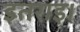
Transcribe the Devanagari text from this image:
इतराइ।